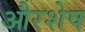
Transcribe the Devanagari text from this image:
औरशेष